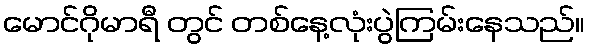
မောင်ဂိုမာရီ တွင် တစ်နေ့လုံးပွဲကြမ်းနေသည်။